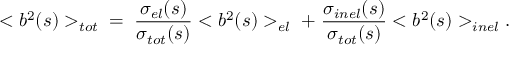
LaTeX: < b ^ { 2 } ( s ) > _ { t o t } \; \; = \; { \frac { \sigma _ { e l } ( s ) } { \sigma _ { t o t } ( s ) } } < b ^ { 2 } ( s ) > _ { e l } \; + \; { \frac { \sigma _ { i n e l } ( s ) } { \sigma _ { t o t } ( s ) } } < b ^ { 2 } ( s ) > _ { i n e l } .